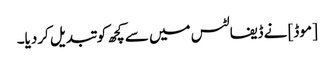
[موڈ] نے ڈیفالٹس میں سے کچھ کو تبدیل کردیا۔